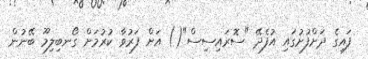
ފައިގެ ދަށްފުށުގައި އުފެދޭ "ސޮރައިސިސް"() އަށް ފަރުވާ ކުރުމަށް ގޯނބިލިމޫ ބޭނުން